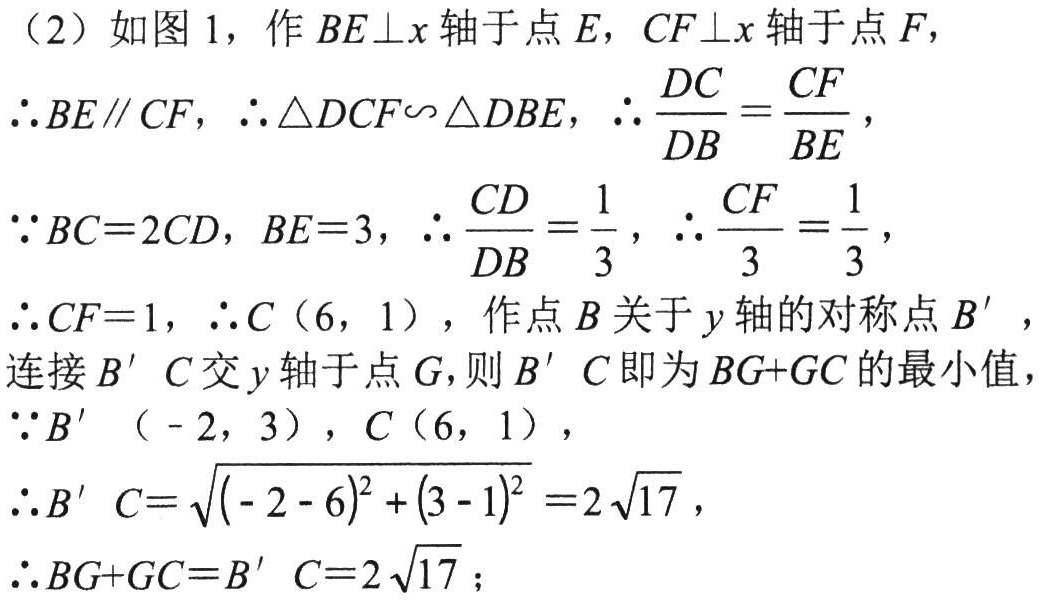
（2）如图 1，作$BE\perp x$轴于点$E$，$CF\perp x$轴于点$F$，
$\therefore BE\parallel CF$，$\therefore\triangle DCF\backsim\triangle DBE$，$\therefore\frac{DC}{DB}=\frac{CF}{BE}$，
$\because BC = 2CD$，$BE = 3$，$\therefore\frac{CD}{DB}=\frac{1}{3}$，$\therefore\frac{CF}{3}=\frac{1}{3}$，
$\therefore CF = 1$，$\therefore C(6,1)$，作点$B$关于$y$轴的对称点$B'$，
连接$B'C$交$y$轴于点$G$，则$B'C$即为$BG + GC$的最小值，
$\because B'(-2,3)$，$C(6,1)$，
$\therefore B'C=\sqrt{(-2 - 6)^{2}+(3 - 1)^{2}}=2\sqrt{17}$，
$\therefore BG + GC=B'C=2\sqrt{17}$；